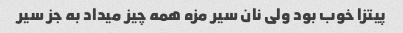
پیتزا خوب بود ولی نان سیر مزه همه چیز میداد به جز سیر